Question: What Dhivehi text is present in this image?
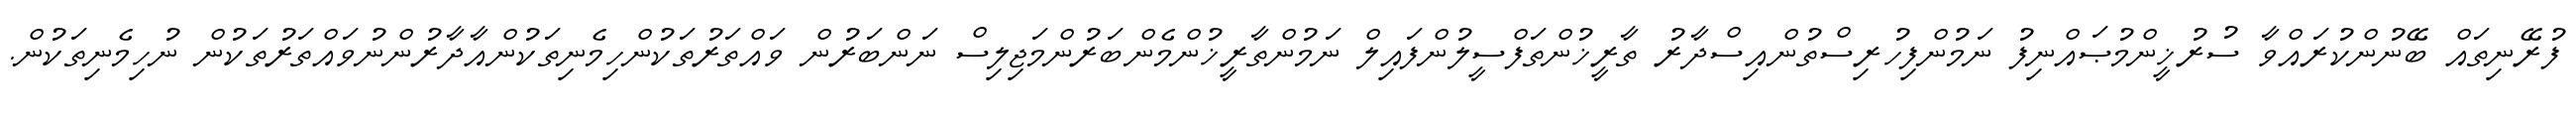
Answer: ފުރޭނިތައް ބޭނުންކުރައްވާ ސުރުޚީންމުޞައްނިފު ނަމުންފިހުރިސްތުންއިސްދާރު ތާރީޚުންތަފްސީލުންފައިލް ނަމުންތާރީޚުންމެންބަރުންމަޖިލިސް ނަންބަރުން ވައްތަރުތަކުންހިމެނިތަކުންއާދާރުންނުވައްތަރުތަކުން ނުހިމެނިތަކުން.